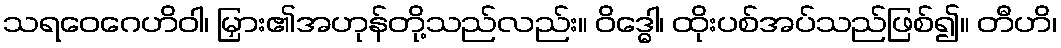
သရဝေဂေဟိဝါ၊ မြှား၏အဟုန်တို့သည်လည်း။ ဝိဒ္ဓေါ၊ ထိုးပစ်အပ်သည်ဖြစ်၍။ တီဟိ၊